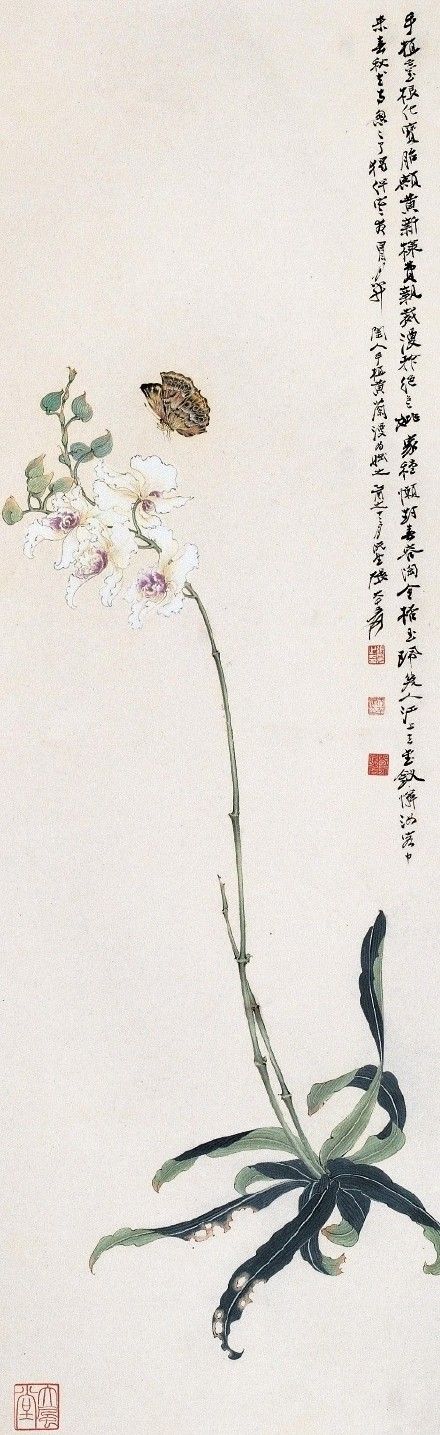
雨前初见花间蕊，雨后兼无叶里花。